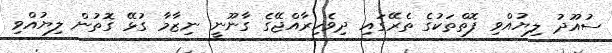
ސުއޫދު ލިޔުއްވި ފޮތްތަކުގެ ތެރޭގައި ދިވެހިރާއްޖޭގެ ގާނޫނީ ނިޒާމާ ގުޅޭ ގޮތުން ލިޔުއްވި